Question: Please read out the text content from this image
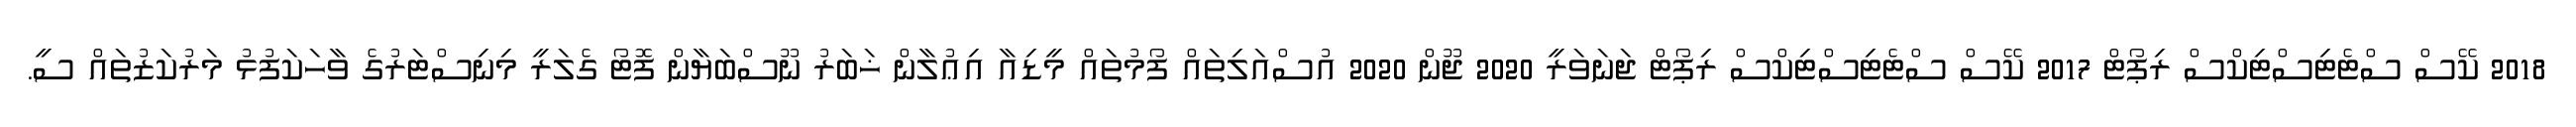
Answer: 2018 ކޭސް ސްޓެޓިސްޓިކްސް ރިޕޯޓް 2017 ކޭސް ސްޓެޓިސްޓިކްސް ރިޕޯޓް ޖަނަވަރީ 2020 ޖޫން 2020 އުސްއަލިތައް ފޯމުތައް މީޑިއާ އިޢުލާން ޚަބަރު ނޫސްބަޔާން ފޮޓޯ ގެލަރީ މިނިސްޓަރުގެ ވާހަކަފުޅު މަރުކަޒުތައް ސީ.